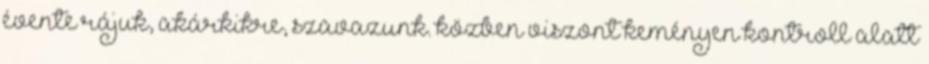
évente rájuk, akárkikre, szavazunk. közben viszont keményen kontroll alatt